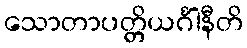
သောတာပတ္တိယင်္ဂါနီတိ